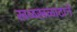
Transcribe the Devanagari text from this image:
खळखळाटाने